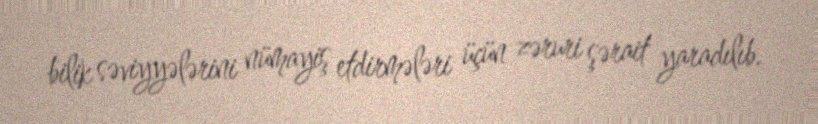
bilik səviyyələrini nümayiş etdirmələri üçün zəruri şərait yaradılıb.